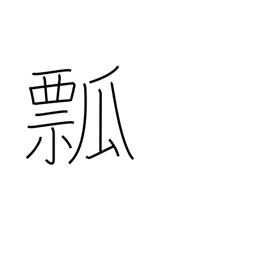
Meaning: gourd